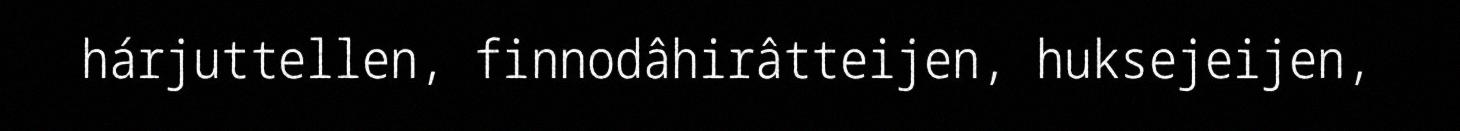
hárjuttellen, finnodâhirâtteijen, huksejeijen,